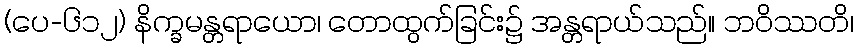
(ပေ-၆၁၂) နိက္ခမန္တရာယော၊ တောထွက်ခြင်း၌ အန္တရာယ်သည်။ ဘဝိဿတိ၊